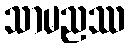
သာမညဿ